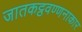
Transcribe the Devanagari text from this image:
जातकट्ठवण्णनाकार